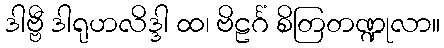
ဒါဗ္ဗီ ဒါရုဟလိဒ္ဒါ ထ၊ ဗိဠင်္ဂံ စိတြတဏ္ဍုလာ။